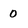
Character: 0